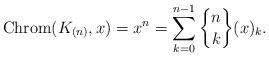
\begin{gather*}{\rm Chrom}(K_{(n)},x)= x^n = \sum_{k=0}^{n-1} {n \brace k } (x)_{k}.\end{gather*}